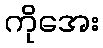
ကိုအေး